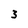
Character: 3